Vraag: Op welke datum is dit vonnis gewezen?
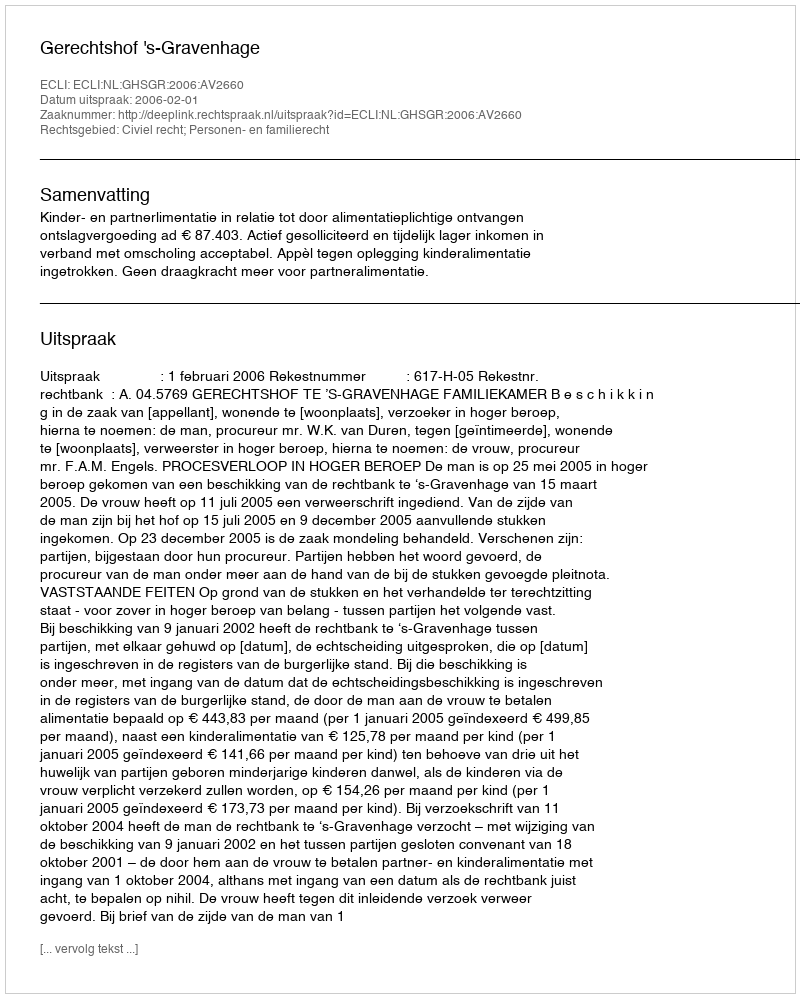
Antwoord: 2006-02-01